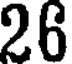
26